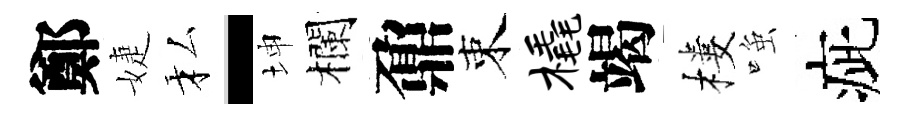
鄭婕私-坤欄鼐束橇竭樓𫪻疵